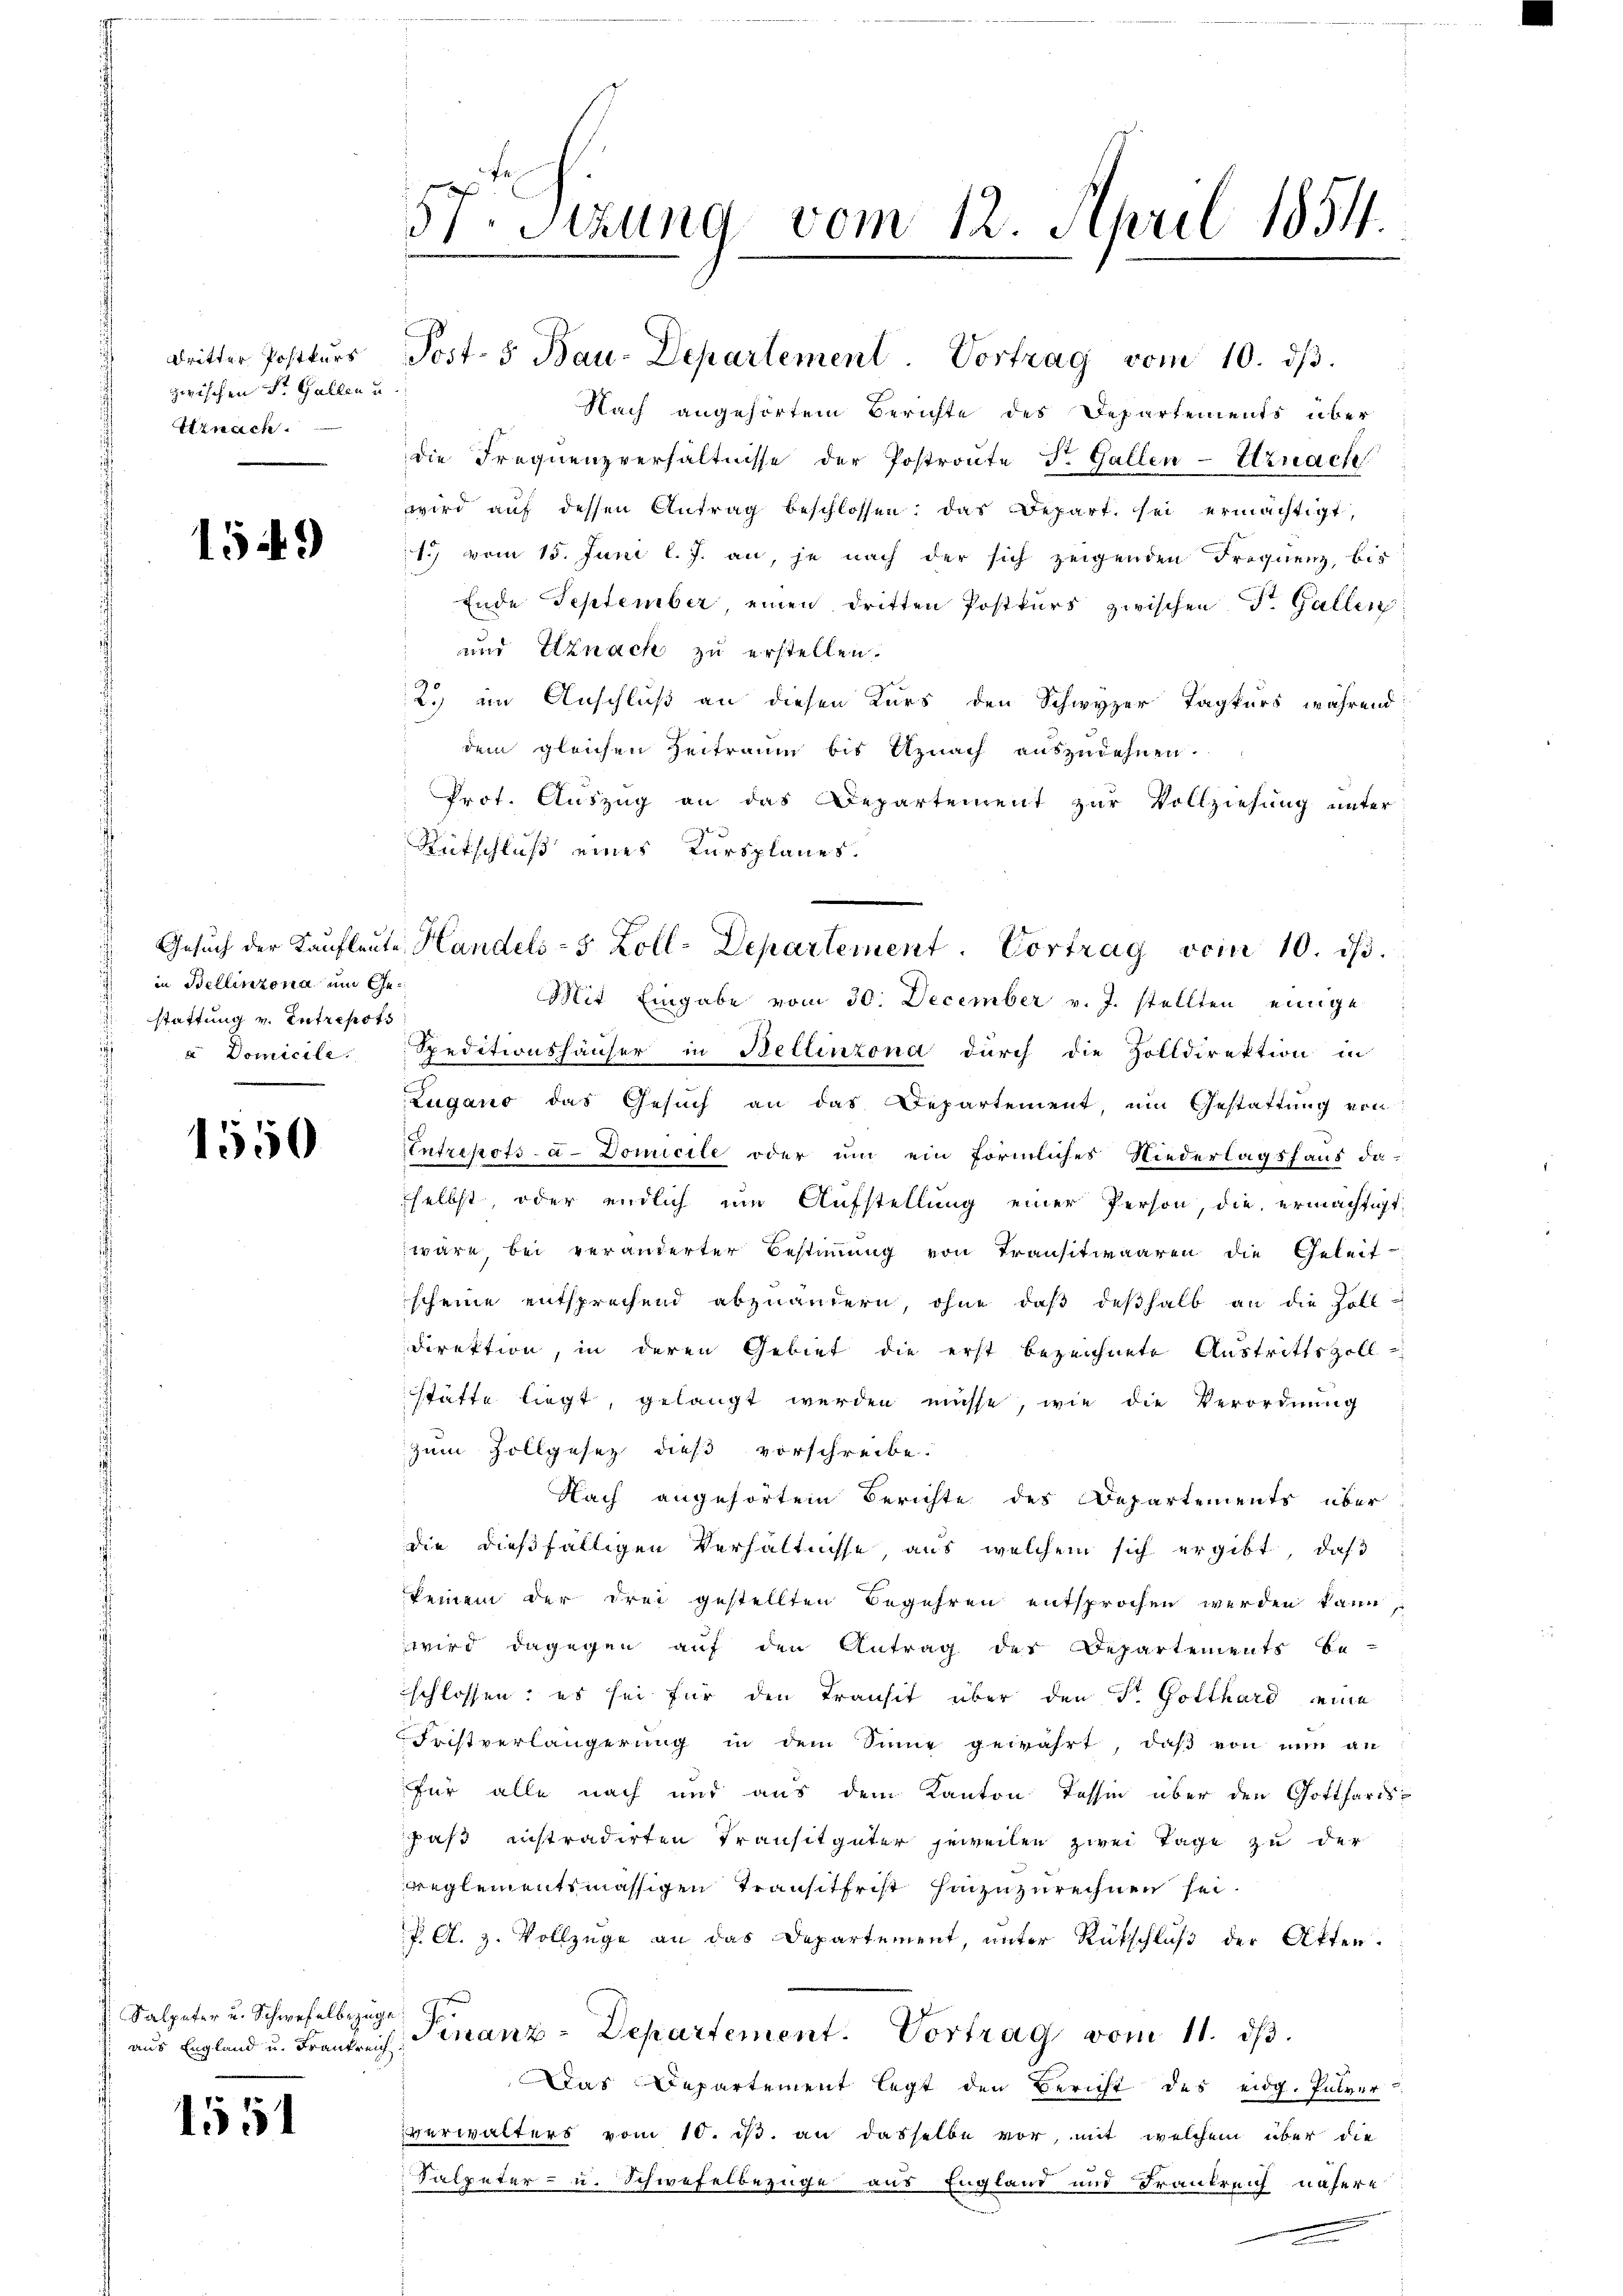
Dritter Postkurs
zwischen St. Gallen u
Uznach.

1549

in Bellinzona und Gestattung v. Intrepots
u Domicile.

1550

Salpeter u. Schwefelbezug
aus England u. Frankrei

1551

57. Sitzung vom 12. April 1854.

Post- & Bau-Departement Vortrag vom 10. dβ.

Nach angehörtem Berichte des Departements über
die Frequenzverhältnisse der Postronte St. Gallen-Urnach
wird aŭf dessen Antrag beschlossen: das Depart sei ermächtigt,
1. vom 15. Juni l. J. an, je nach der sich zeigenden Frequenz, bis
Ende September, einen dritten Postkurs zwischen Dr. Gallen
und Etznach zu erstellen.
2. im Anschluß an diesen Kurs den Schwyzer Tagkurs während
dem gleichen Zeitraum bis Utznach auszudehnen.
Prot. Auszug an das Departement zur Vollziehung unter
Rütschluß eines Kursplanes.
Mit Eingabe vom 30. December v. J. stellten einige
Speditionshäuser in Bellinzona durch die Zolldirektion in
Zugano das Gesuch an das Departement, um Gestattung von
Entrepots-a- Domicile oder um ein förmliches Niederlagshaus, da
selbst, oder endlich um Aufstellung einer Person, die ermächtig
wäre, bei veränderter Bestimmung von Transitwaaren die Geleitscheine entsprechend abzuändern, ohne daß deßhalb an die Zoll-
direktion, in deren Gebiet die erst bezeichnete Austrittszoll-
stätte liegt, gelangt werden müsse, wie die Verordnung
zum Zollgesez dieß vorschreibe.
Nach angehörtem Berichte des Departements über
die dießfälligen Verhältnisse, aus welchem sich ergibt, daß
keinem der drei gestellten Begehren entsprochen werden kann
wird dagegen auf den Antrag des Departements be-
schlossen: es sei für den Transit über den St. Gotthard eine
Fristverlängerung in dem Sinne gewährt, daß von nun an
für alle nach und aus dem Kanton Tessin über den Gotthards
hast instradirten Transitgüter jeweilen zwei Tage zu der
reglementsmässigen Transitfrist hinzuzurechnen sei.
J. A. H. Vollzüge an das Departement, unter Rückschluß der Akten.
Finanz-Departement. Vortrag vom 11. dβ.
Das Departement legt den Bericht des eidg. Pulver-
verwalters vom 10. ds. an dasselbe vor, mit welchem über die
Salpeter- u. Schwefelbezüge aus England und Frankreich nähere

Gesuch der Kaufleute Handels- 5 Zoll-Departement. Vortrag vom 10. ds.